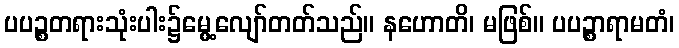
ပပဉ္စတရားသုံးပါး၌မွေ့လျော်တတ်သည်။ နဟောတိ၊ မဖြစ်။ ပပဉ္စာရာမတံ၊